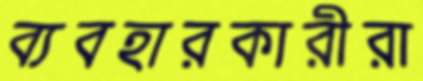
ব্যবহারকারীরা